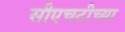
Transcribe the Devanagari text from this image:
सीएचटीच्या